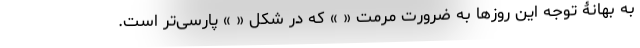
به بهانۀ توجه این روزها به ضرورت مرمت « » که در شکل « » پارسی‌تر است.